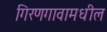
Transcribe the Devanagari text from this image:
गिरणगावामधील